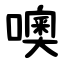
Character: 噢